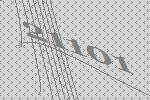
21101